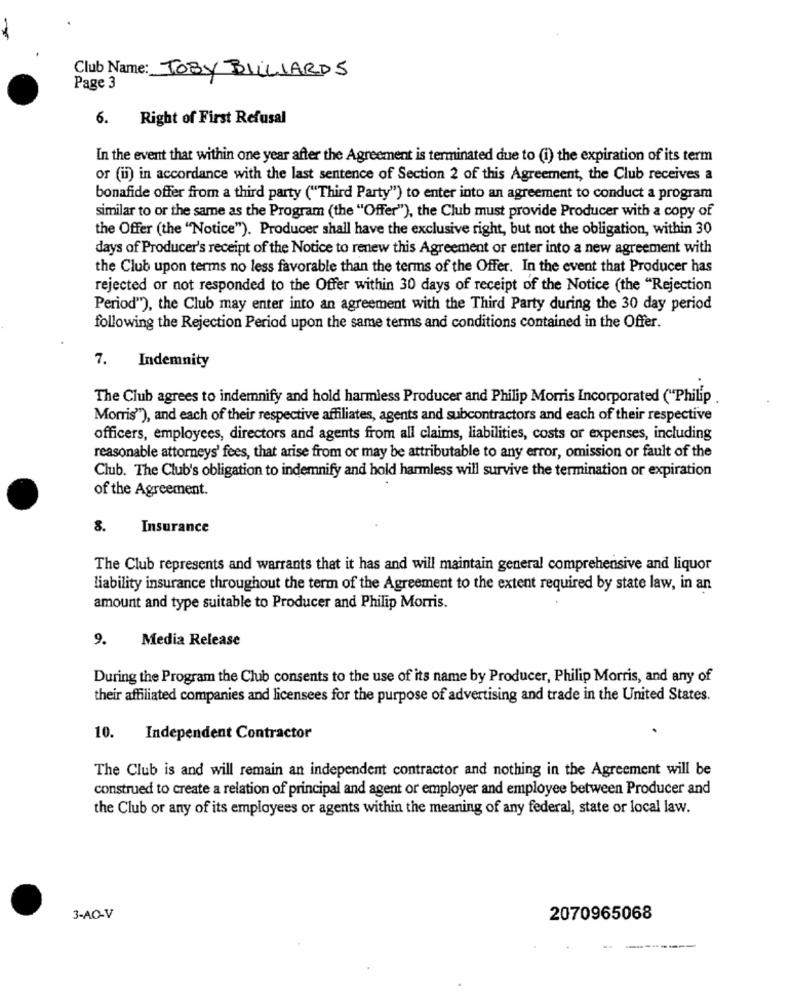
Club Name: TOBY BILLIARDS
Page 3
6. Right of First Refusal
In the event that within one year after the Agreement is terminated due to (i) the expiration of its term
or (ii) in accordance with the last sentence of Section 2 of this Agreement, the Club receives a
bonafide offer from a third party ("Third Party") to enter into an agreement to conduct a program
similar to or the same as the Program (the "Offer"), the Club must provide Producer with a copy of
the Offer (the "Notice"). Producer shall have the exclusive right, but not the obligation, within 30
days of Producer's receipt of the Notice to renew this Agreement or enter into a new agreement with
the Club upon terms no less favorable than the terms of the Offer. In the event that Producer has
rejected or not responded to the Offer within 30 days of receipt of the Notice (the "Rejection
Period""), the Club may enter into an agreement with the Third Party during the 30 day period
following the Rejection Period upon the same terms and conditions contained in the Offer.
7.
Indemnity
The Club agrees to indemnify and hold harmless Producer and Philip Morris Incorporated ("Philip
Morris"), and each of their respective affiliates, agents and subcontractors and each of their respective
officers, employees, directors and agents from all claims, liabilities, costs or expenses, including
reasonable attorneys' fees, that arise from or may be attributable to any error, omission or fault of the
Club. The Club's obligation to indemnify and hold harmless will survive the termination or expiration
of the Agreement.
8.
Insurance
The Club represents and warrants that it has and will maintain general comprehensive and liquor
liability insurance throughout the term of the Agreement to the extent required by state law, in an
amount and type suitable to Producer and Philip Morris.
9.
Media Release
During the Program the Club consents to the use of its name by Producer, Philip Morris, and any of
their affiliated companies and licensees for the purpose of advertising and trade in the United States.
10. Independent Contractor
The Club is and will remain an independent contractor and nothing in the Agreement will be
construed to create a relation of principal and agent or employer and employee between Producer and
the Club or any of its employees or agents within the meaning of any federal, state or local law.
3-AO-V
2070965068